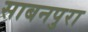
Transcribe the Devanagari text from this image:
साबनपुरा